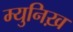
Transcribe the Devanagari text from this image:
म्युनिख़